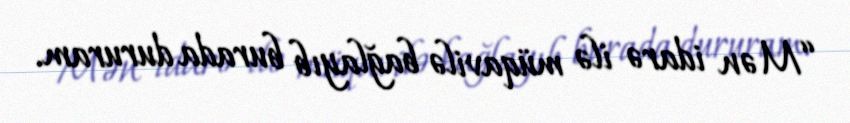
“Mən idarə ilə müqavilə bağlayıb burada dururam.